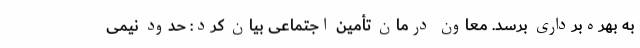
به بهره‌برداری برسد. معاون درمان تأمین اجتماعی بیان کرد: حدود نیمی